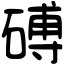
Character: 磗